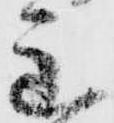
主